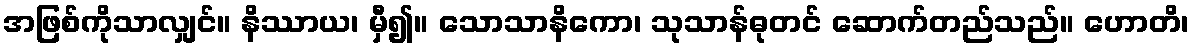
အဖြစ်ကိုသာလျှင်။ နိဿာယ၊ မှီ၍။ သောသာနိကော၊ သုသာန်ဓုတင် ဆောက်တည်သည်။ ဟောတိ၊